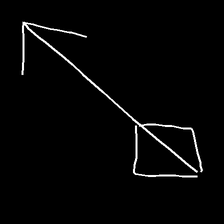
Glyph: focus